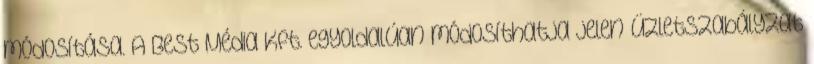
módosítása. A Best Média Kft. egyoldalúan módosíthatja jelen Üzletszabályzat